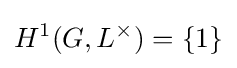
H^{1}(G,L^{\times })=\{1\}